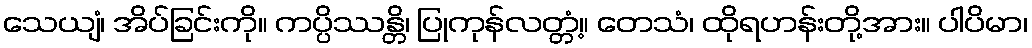
သေယျံ၊ အိပ်ခြင်းကို။ ကပ္ပိဿန္တိ၊ ပြုကုန်လတ္တံ့။ တေသံ၊ ထိုရဟန်းတို့အား။ ပါပိမာ၊